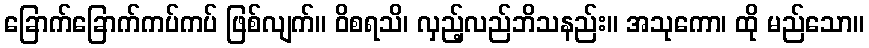
ခြောက်ခြောက်ကပ်ကပ် ဖြစ်လျက်။ ဝိစရသိ၊ လှည့်လည်ဘိသနည်း။ အသုကော၊ ထို မည်သော။